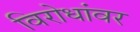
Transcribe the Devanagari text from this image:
विरोधांवर